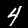
Digit: 4